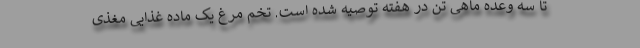
تا سه وعده ماهی تن در هفته توصیه شده است. تخم مرغ یک ماده غذایی مغذی